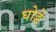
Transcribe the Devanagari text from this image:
घोङे